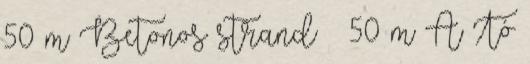
50 m Betonos strand ‹ 50 m A Tó